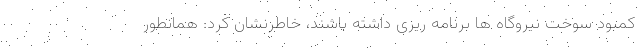
کمبود سوخت نیروگاه ها برنامه ریزی داشته باشند، خاطرنشان کرد: همانطور